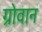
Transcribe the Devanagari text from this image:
ग्रोवान